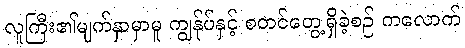
လူကြီး၏မျက်နှာမှာမူ ကျွန်ုပ်နှင့် စတင်တွေ့ရှိခဲ့စဉ် ကလောက်